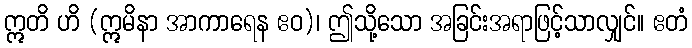
ဣတိ ဟိ (ဣမိနာ အာကာရေန ဧဝ)၊ ဤသို့သော အခြင်းအရာဖြင့်သာလျှင်။ ဧတံ